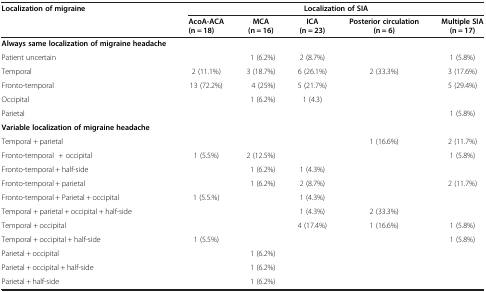
<table><thead><tr><td rowspan="2"><b>Localization of migraine</b></td><td colspan="5"><b>Localization of SIA</b></td></tr><tr><td><b>AcoA-ACA (n = 18)</b></td><td><b>MCA (n = 16)</b></td><td><b>ICA (n = 23)</b></td><td><b>Posterior circulation (n = 6)</b></td><td><b>Multiple SIA (n = 17)</b></td></tr></thead><tbody><tr><td><b>Always same localization of migraine headache</b></td><td> </td><td> </td><td> </td><td> </td><td> </td></tr><tr><td>Patient uncertain</td><td> </td><td>1 (6.2%)</td><td>2 (8.7%)</td><td> </td><td>1 (5.8%)</td></tr><tr><td>Temporal</td><td>2 (11.1%)</td><td>3 (18.7%)</td><td>6 (26.1%)</td><td>2 (33.3%)</td><td>3 (17.6%)</td></tr><tr><td>Fronto-temporal</td><td>13 (72.2%)</td><td>4 (25%)</td><td>5 (21.7%)</td><td> </td><td>5 (29.4%)</td></tr><tr><td>Occipital</td><td> </td><td>1 (6.2%)</td><td>1 (4.3)</td><td> </td><td> </td></tr><tr><td>Parietal</td><td> </td><td> </td><td> </td><td> </td><td>1 (5.8%)</td></tr><tr><td><b>Variable localization of migraine headache</b></td><td> </td><td> </td><td> </td><td> </td><td> </td></tr><tr><td>Temporal + parietal</td><td> </td><td> </td><td> </td><td>1 (16.6%)</td><td>2 (11.7%)</td></tr><tr><td>Fronto-temporal + occipital</td><td>1 (5.5%)</td><td>2 (12.5%)</td><td> </td><td> </td><td>1 (5.8%)</td></tr><tr><td>Fronto-temporal + half-side</td><td> </td><td>1 (6.2%)</td><td>1 (4.3%)</td><td> </td><td> </td></tr><tr><td>Fronto-temporal + parietal</td><td> </td><td>1 (6.2%)</td><td>2 (8.7%)</td><td> </td><td>2 (11.7%)</td></tr><tr><td>Fronto-temporal + Parietal + occipital</td><td>1 (5.5.%)</td><td> </td><td>1 (4.3%)</td><td> </td><td> </td></tr><tr><td>Temporal + parietal + occipital + half-side</td><td> </td><td> </td><td>1 (4.3%)</td><td>2 (33.3%)</td><td> </td></tr><tr><td>Temporal + occipital</td><td> </td><td> </td><td>4 (17.4%)</td><td>1 (16.6%)</td><td>1 (5.8%)</td></tr><tr><td>Temporal + occipital + half-side</td><td>1 (5.5%)</td><td> </td><td> </td><td> </td><td>1 (5.8%)</td></tr><tr><td>Parietal + occipital</td><td> </td><td>1 (6.2%)</td><td> </td><td> </td><td> </td></tr><tr><td>Parietal + occipital + half-side</td><td> </td><td>1 (6.2%)</td><td> </td><td> </td><td> </td></tr><tr><td>Parietal + half-side</td><td> </td><td>1 (6.2%)</td><td> </td><td> </td><td> </td></tr></tbody></table>